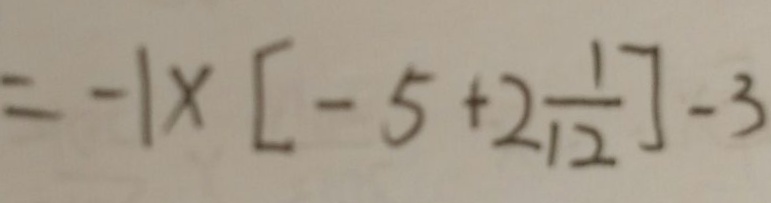
= - 1 \times [ - 5 + 2 \frac { 1 } { 1 2 } ] - 3